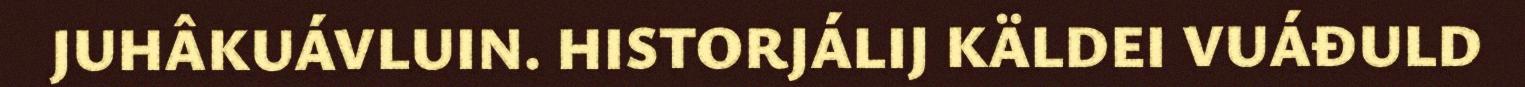
JUHÂKUÁVLUIN. HISTORJÁLIJ KÄLDEI VUÁĐULD